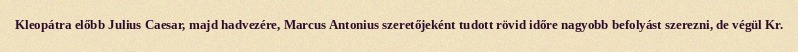
Kleopátra előbb Julius Caesar, majd hadvezére, Marcus Antonius szeretőjeként tudott rövid időre nagyobb befolyást szerezni, de végül Kr.